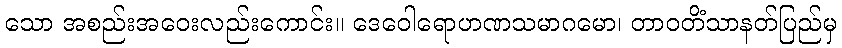
သော အစည်းအဝေးလည်းကောင်း။ ဒေဝေါရောဟဏသမာဂမော၊ တာဝတိံသာနတ်ပြည်မှ